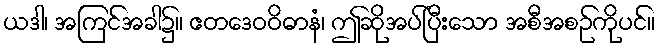
ယဒါ၊ အကြင်အခါ၌။ ဧတဒေဝဝိဓာနံ၊ ဤဆိုအပ်ပြီးသော အစီအစဉ်ကိုပင်။